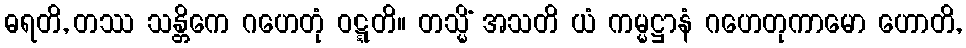
ဓရတိ, တဿ သန္တိကေ ဂဟေတုံ ဝဋ္ဋတိ။ တသ္မိံ အသတိ ယံ ကမ္မဋ္ဌာနံ ဂဟေတုကာမော ဟောတိ,